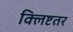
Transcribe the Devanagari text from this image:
क्लिष्टतर